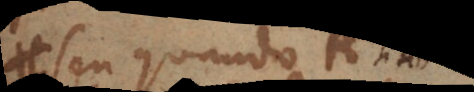
seu quando A